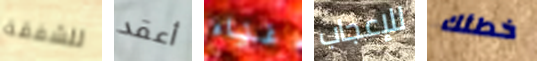
للشفقة أعقد غناء للإعجاب خطئك